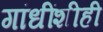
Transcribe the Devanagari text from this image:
गांधींशीही